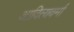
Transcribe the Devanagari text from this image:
आदित्यवर्मा